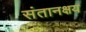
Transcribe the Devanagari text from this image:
संतानक्षय